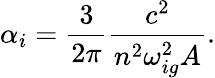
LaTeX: \alpha_{i}=\frac{3}{2\pi}\frac{c^{2}}{n^{2}\omega_{ig}^{2}A}.